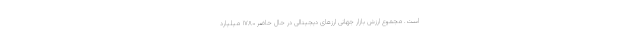
است. مجموع ارزش بازار جهانی ارزهای دیجیتالی در حال حاضر ۱۷۸۰ میلیارد